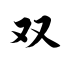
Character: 双